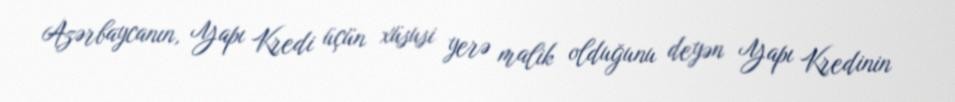
Azərbaycanın, Yapı Kredi üçün xüsusi yerə malik olduğunu deyən Yapı Kredinin